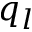
q _ { l }